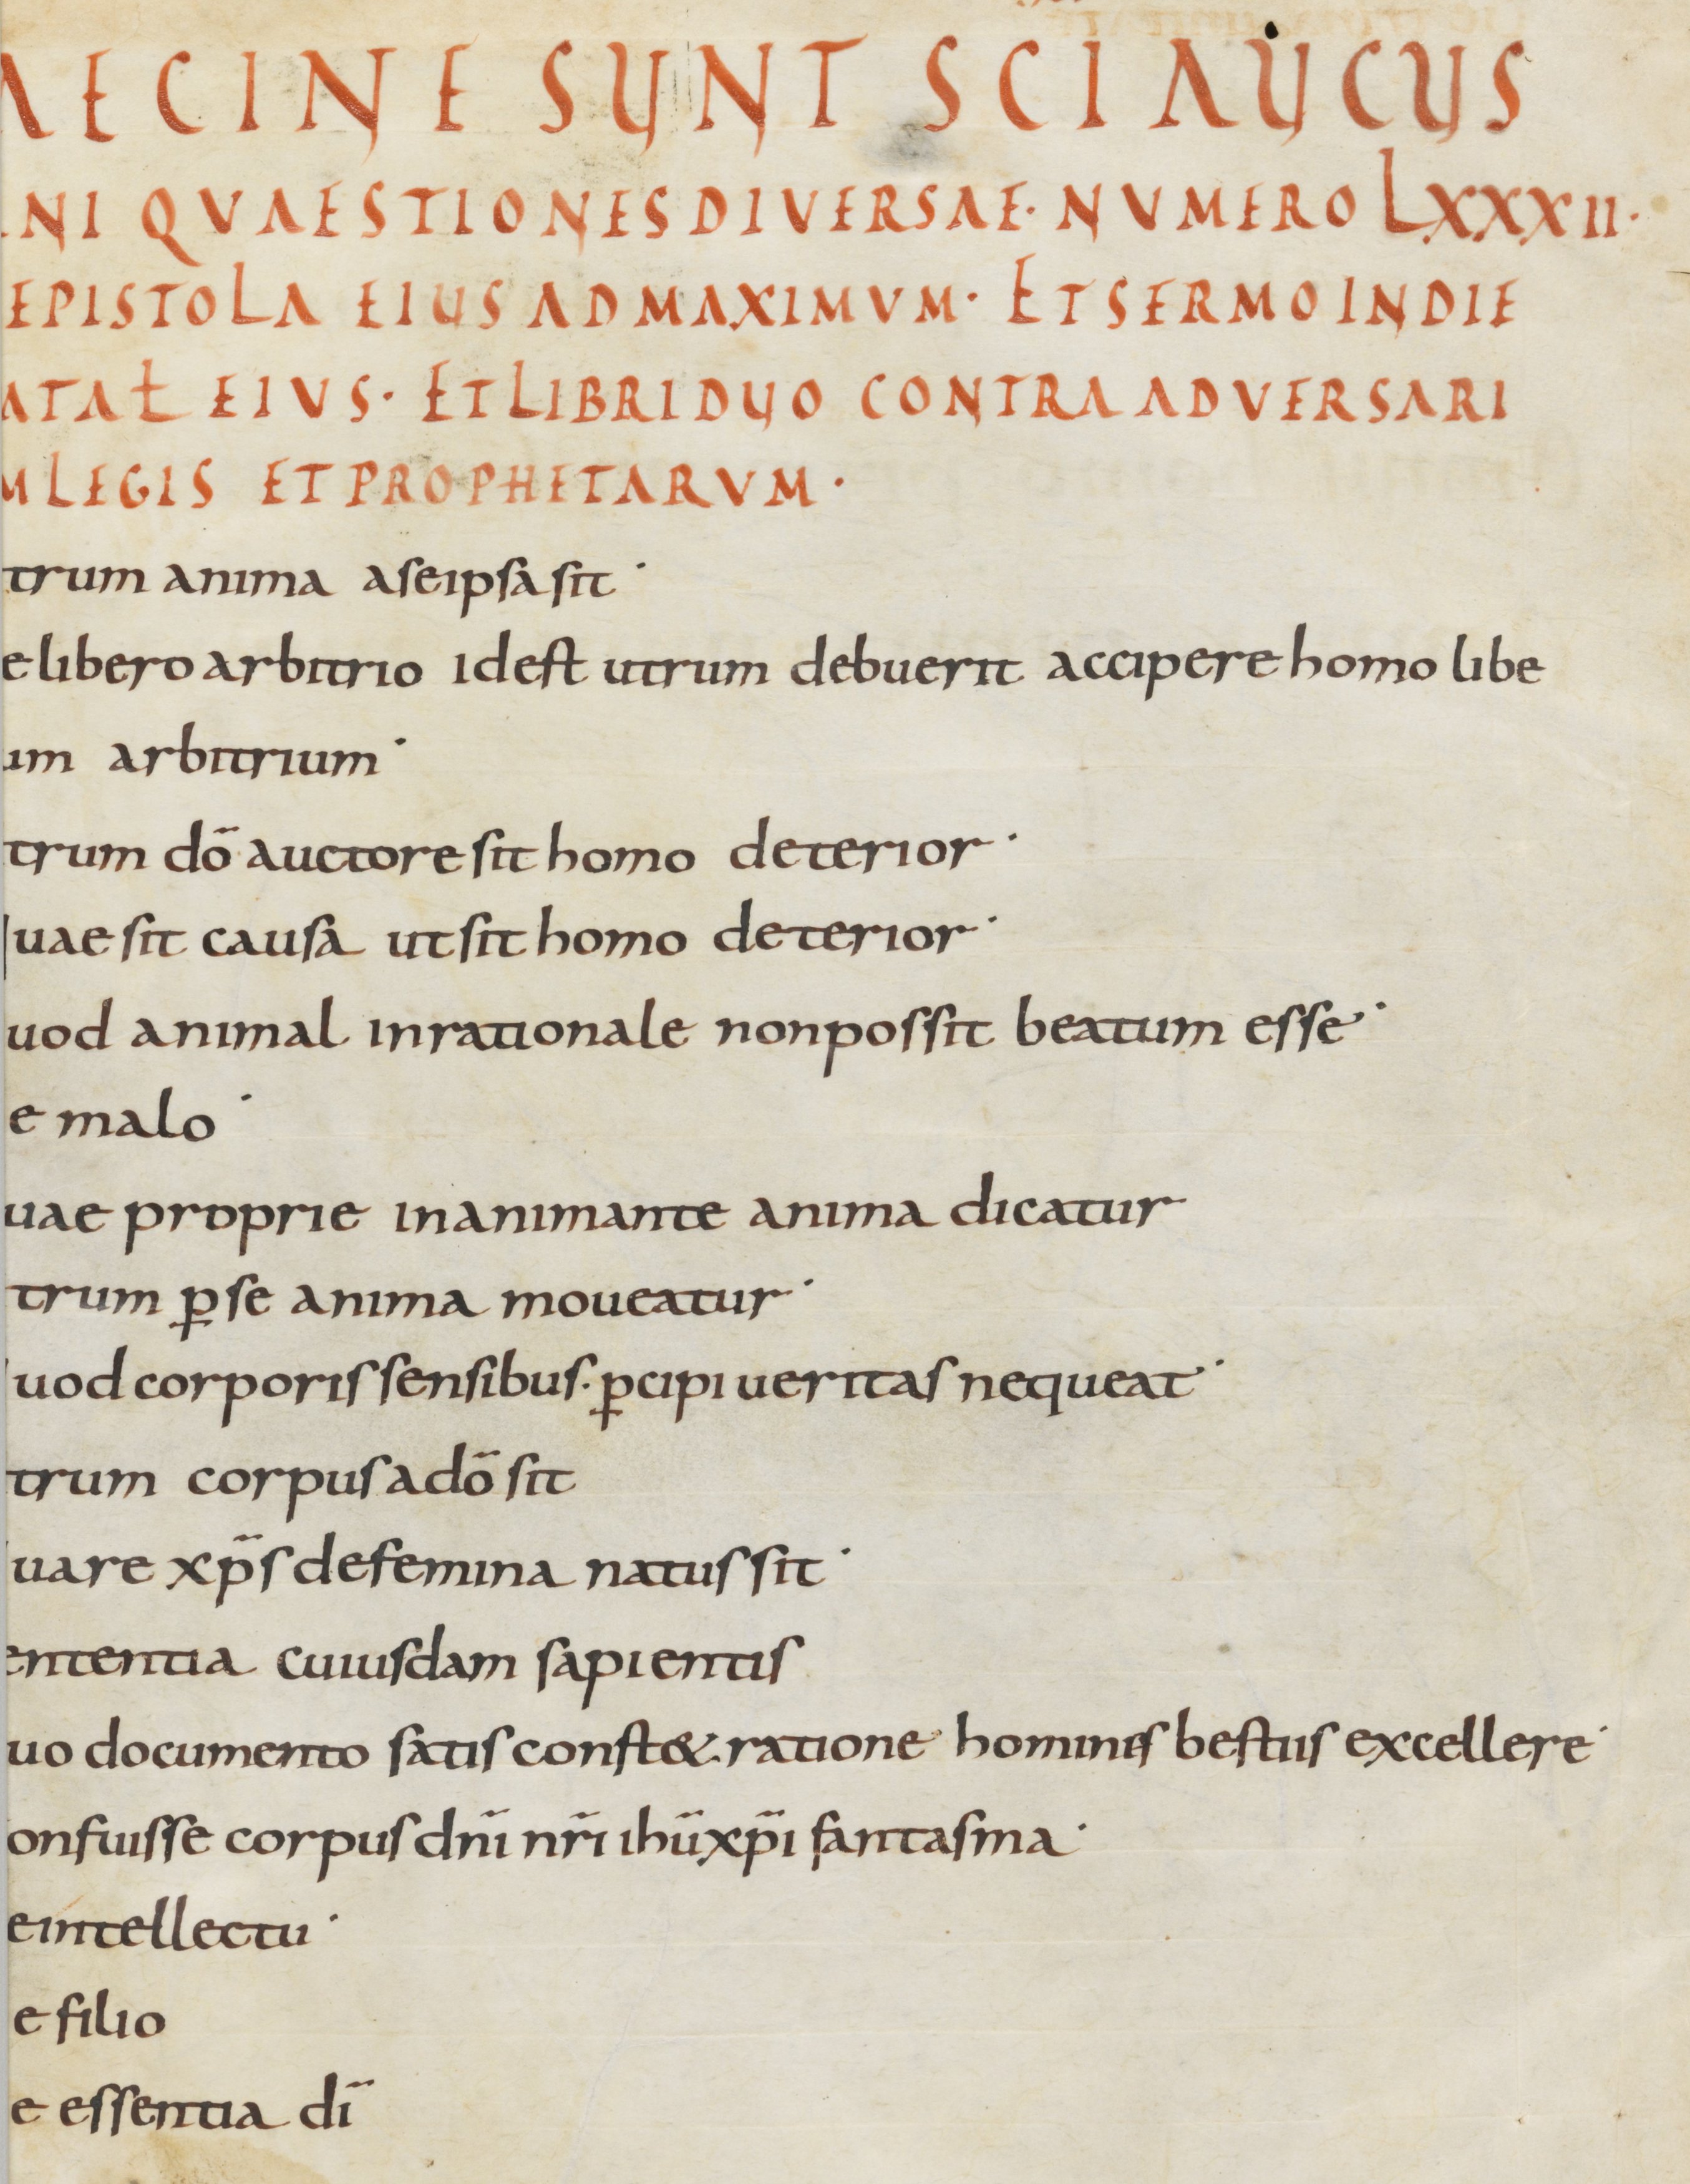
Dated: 800–899